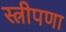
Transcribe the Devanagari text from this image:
स्त्रीपणा